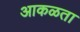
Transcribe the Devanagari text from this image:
आकळता